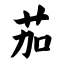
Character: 茄